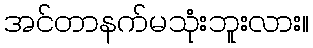
အင်တာနက်မသုံးဘူးလား။